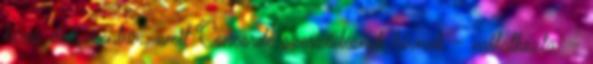
híres dokumentum, amit Concorde szerződésnek hívnak – nyilatkozta. –